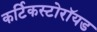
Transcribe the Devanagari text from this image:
कर्टिकस्टोरॉयड